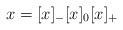
LaTeX: \begin{align*}x=[x]_-[x]_0[x]_+\end{align*}